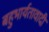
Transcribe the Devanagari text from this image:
बहुभार्यतावादी